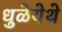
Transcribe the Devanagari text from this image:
धुळेयेथे